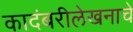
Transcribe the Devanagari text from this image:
कादंबरीलेखनाचे